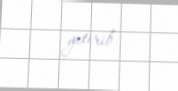
yetirib.